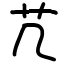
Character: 芁